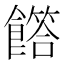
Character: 𩞰